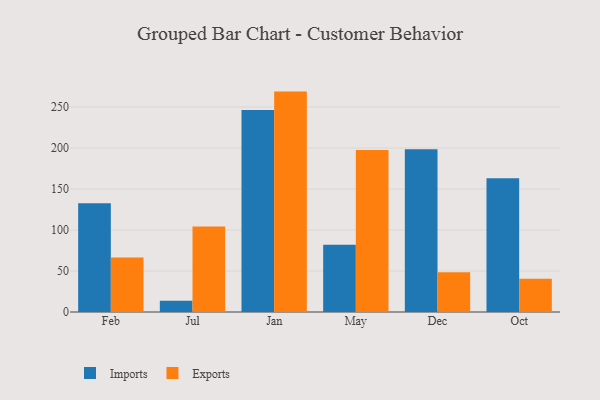
{"axis": {"x": "Month", "y": "Conversion Rate (%)"}, "legend": ["Exports", "Imports"], "data": [{"x": "Feb", "y": 132.7, "type": "Imports"}, {"x": "Feb", "y": 66.5, "type": "Exports"}, {"x": "Jul", "y": 13.7, "type": "Imports"}, {"x": "Jul", "y": 104.3, "type": "Exports"}, {"x": "Jan", "y": 246.3, "type": "Imports"}, {"x": "Jan", "y": 268.8, "type": "Exports"}, {"x": "May", "y": 81.9, "type": "Imports"}, {"x": "May", "y": 197.6, "type": "Exports"}, {"x": "Dec", "y": 198.6, "type": "Imports"}, {"x": "Dec", "y": 48.6, "type": "Exports"}, {"x": "Oct", "y": 163.1, "type": "Imports"}, {"x": "Oct", "y": 40.4, "type": "Exports"}]}